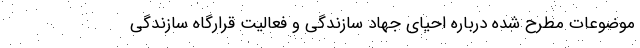
موضوعات مطرح شده درباره احیای جهاد سازندگی و فعالیت قرارگاه سازندگی